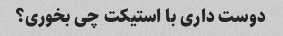
دوست داری با استیکت چی بخوری؟